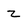
Character: z